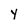
Character: y